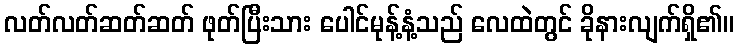
လတ်လတ်ဆတ်ဆတ် ဖုတ်ပြီးသား ပေါင်မုန့်နံ့သည် လေထဲတွင် ခိုနားလျက်ရှိ၏။